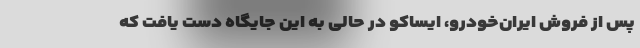
پس از فروش ایران‌خودرو، ایساکو در حالی به این جایگاه دست یافت که